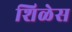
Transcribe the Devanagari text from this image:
शिळेस